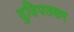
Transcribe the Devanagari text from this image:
दुदिपतसर